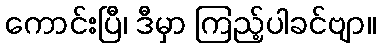
ကောင်းပြီ၊ ဒီမှာ ကြည့်ပါခင်ဗျာ။